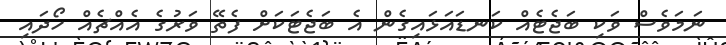
ނަމަވެސް ވަކި ބަޖެޓެއް ކަނޑައަޅައިގެން އެ ބަޖެޓަކަށް ފެތޭ ވަރުގެ އެއްޗެއް ހޯދައި